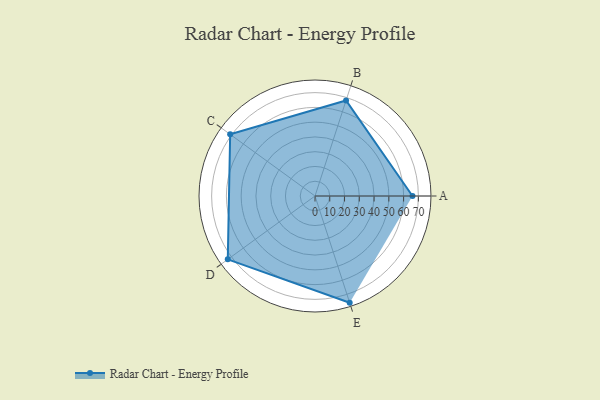
{"axis": {"x": "Skill", "y": "Score"}, "legend": ["Profile"], "data": [{"x": "A", "y": 66.0, "type": "Profile"}, {"x": "B", "y": 68.0, "type": "Profile"}, {"x": "C", "y": 71.0, "type": "Profile"}, {"x": "D", "y": 73.0, "type": "Profile"}, {"x": "E", "y": 76.0, "type": "Profile"}]}